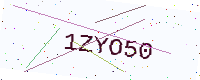
Text: 1ZYO50